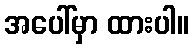
အပေါ်မှာ ထားပါ။